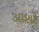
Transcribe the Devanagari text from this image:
आशरे